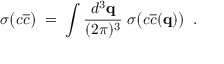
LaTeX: \sigma \big ( c \overline { { { c } } } \big ) \; = \; \int \frac { d ^ { 3 } { \bf q } } { ( 2 \pi ) ^ { 3 } } \; \sigma \big ( c \overline { { { c } } } ( { \bf q } ) \big ) \; \; .